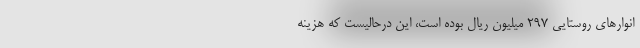
انوارهای روستایی ۲۹۷ میلیون ریال بوده است، این درحالیست که هزینه